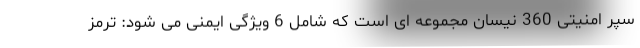
سپر امنیتی 360 نیسان مجموعه ای است که شامل 6 ویژگی ایمنی می شود: ترمز